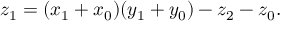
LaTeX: z _ { 1 } = ( x _ { 1 } + x _ { 0 } ) ( y _ { 1 } + y _ { 0 } ) - z _ { 2 } - z _ { 0 } .